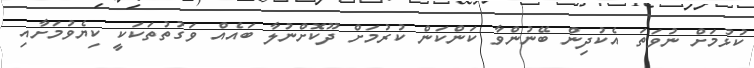
ކުޅުމަށް ނުވަތަ އެކުދިން ބޭނުންވާ ކަންކަން ކުރުމަށް ދޫކޮށްނުލާ ބައެއް ވަގުތުތަކަކީ ކިޔެވުމަށާއި